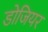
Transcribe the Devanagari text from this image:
डोजियर